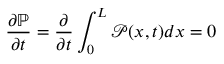
\frac { \partial \mathbb { P } } { \partial t } = \frac { \partial } { \partial t } \int _ { 0 } ^ { L } { \mathcal { P } } ( x , t ) d x = 0